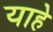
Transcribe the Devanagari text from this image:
याहे